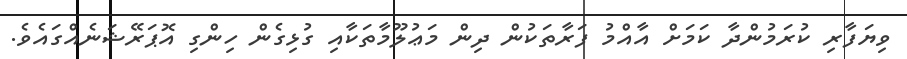
ވިޔަފާރި ކުރަމުންދާ ކަމަށް އާއްމު ފަރާތަކުން ދިން މަޢުލޫމާތަކާއި ގުޅިގެން ހިންގި އޮޕަރޭޝަނެއްގައެވެ.